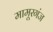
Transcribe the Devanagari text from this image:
मामूरगंज